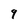
Character: 9